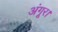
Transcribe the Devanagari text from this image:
अंगूर।